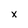
Character: x